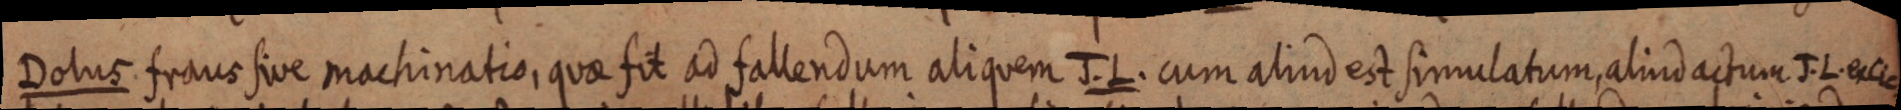
Dolus fraus sive machinatio, quae fit ad fallendum aliquem J. L. cum aliud est simulatum, aliud actum J. L. ex Cic